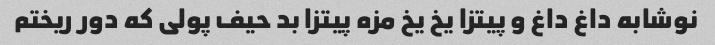
نوشابه داغ داغ و پیتزا یخ یخ مزه پیتزا بد حیف پولی که دور ریختم